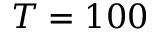
T = 1 0 0